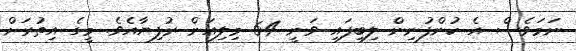
ނަމަވެސް އެ ކުންފުނިން ލިބިފައި ވަނީ 64 މިލިއަން ރުފިޔާއެވެ. މީގެ އިތުރަށް